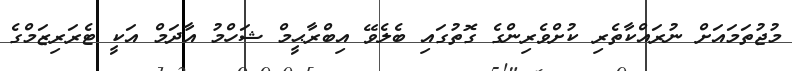
މުޖުތަމައަށް ނުރައްކާތެރި ކުށްވެރިންގެ ގޮތުގައި ބެލެވޭ އިބްރާޙީމް ޝަހްމު އާދަމް އަކީ ޓެރަރިޒަމްގެ